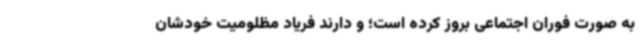
به صورت فوران اجتماعی بروز کرده است؛ و دارند فریاد مظلومیت خودشان